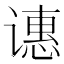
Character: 𬤝